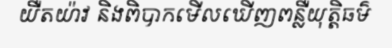
យឺតយ៉ាវ និងពិបាកមើលឃើញពន្លឺយុត្តិធម៌